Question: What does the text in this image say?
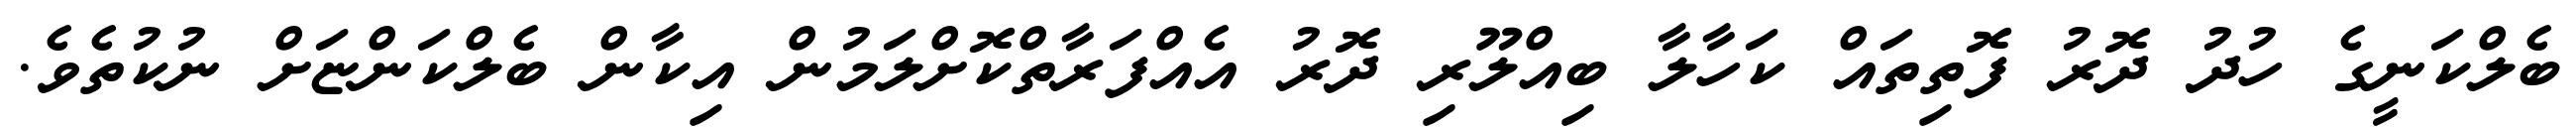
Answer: ބެލްކަނީގެ ހުދު ދޮރު ފޮތިތައް ކަހާލާ ބިއްލޫރި ދޮރު އެއްފަރާތްކޮށްލަމުން އިކާން ބެލްކަންޏަށް ނުކުތެވެ.